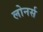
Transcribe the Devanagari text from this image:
लोनर्स